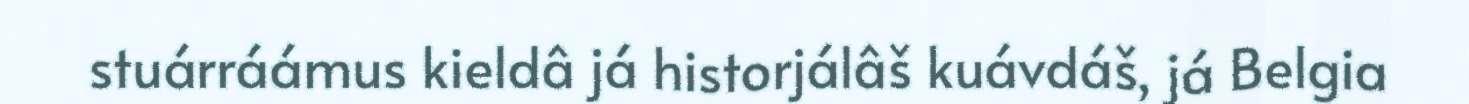
stuárráámus kieldâ já historjálâš kuávdáš, já Belgia